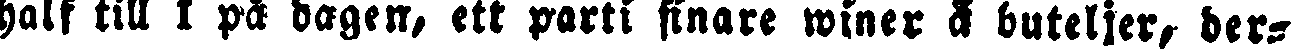
half till 1 på dagen, ett parti finare winer å buteljer, der-